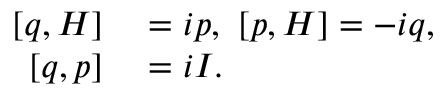
\begin{array} { r l } { [ q , H ] } & { { } = i p , \thinspace \thinspace [ p , H ] = - i q , } \\ { { } [ q , p ] } & { { } = i I . } \end{array}